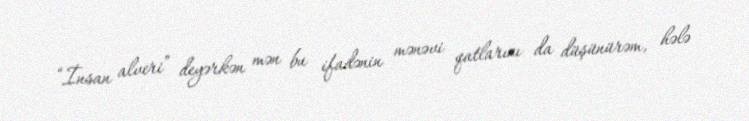
“İnsan alveri” deyərkən mən bu ifadənin mənəvi qatlarını da düşünürəm, hələ